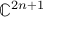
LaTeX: \mathbb { C } ^ { 2 n + 1 }